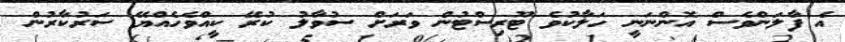
އެ ފާލަންވެސް އޮންނަނީ ހަލާކުވެ ޓޫރިސްޓުން ވަރަށް ސުވާލު ކުރޭ ކީއްވެހެއްޔޭ ސަރުކާރުން